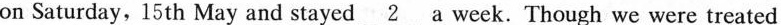
on Saturday, 15 th May and stayed \underline{2}a week. Though we were treated